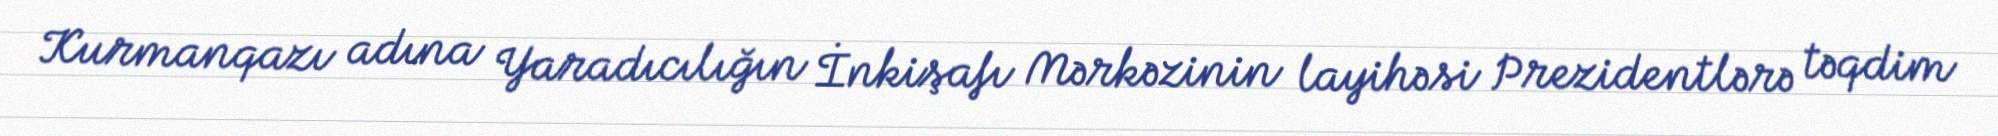
Kurmanqazı adına Yaradıcılığın İnkişafı Mərkəzinin layihəsi Prezidentlərə təqdim